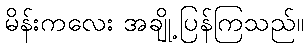
မိန်းကလေး အချို့ပြန်ကြသည်။